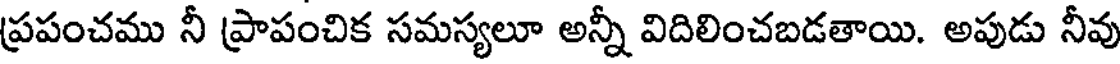
ప్రపంచము నీ ప్రాపంచిక సమస్యలూ అన్నీ విదిలించబడతాయి. అపుడు నీవు